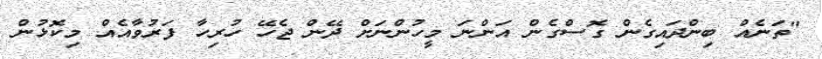
"ތަނެއް ބިންދައިގެން ގޮސްގެން އަންނަ މީހުންނަށް ދޭން ޖެހޭ ހުރިހާ ފަރުވާއެއް މިކޮޅުން